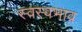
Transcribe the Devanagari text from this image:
स्वस्वभाव